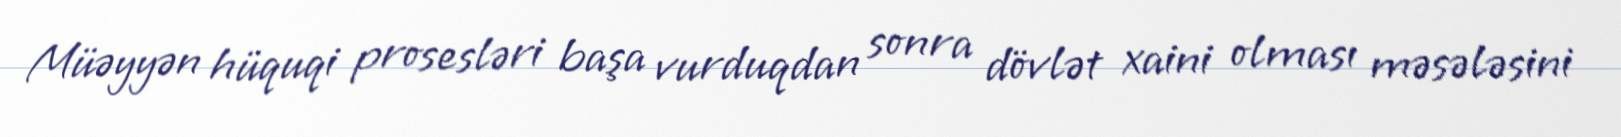
Müəyyən hüquqi prosesləri başa vurduqdan sonra dövlət xaini olması məsələsini